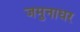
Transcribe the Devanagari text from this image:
जमुनाधर